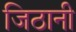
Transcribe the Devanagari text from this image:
जिठानी